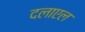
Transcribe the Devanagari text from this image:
दलाएल